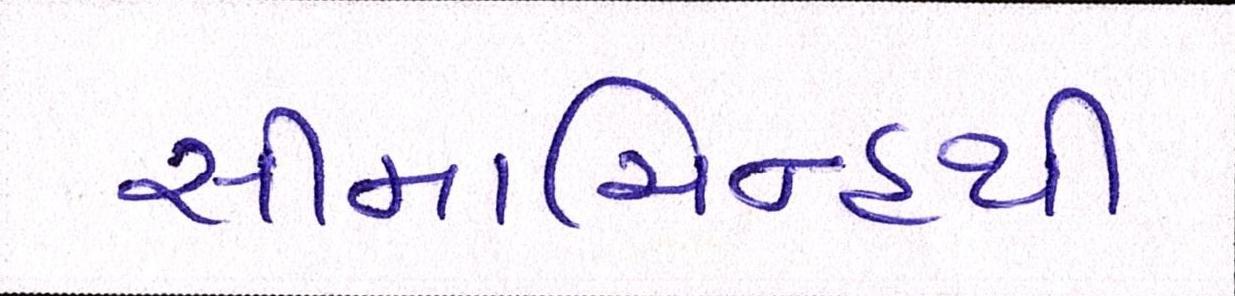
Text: સીમાચિન્હથી